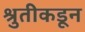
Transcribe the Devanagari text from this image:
श्रुतीकडून